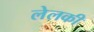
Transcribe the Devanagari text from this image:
लेलकी